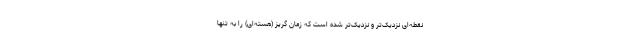
نقطه‌ای نزدیک‌تر و نزدیک‌تر شده است که زمان گریز (هسته‌ای) را به تنها